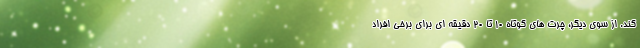
کند. از سوی دیگر، چرت های کوتاه 10 تا 20 دقیقه ای برای برخی افراد